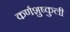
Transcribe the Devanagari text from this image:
कर्णशुष्कुली